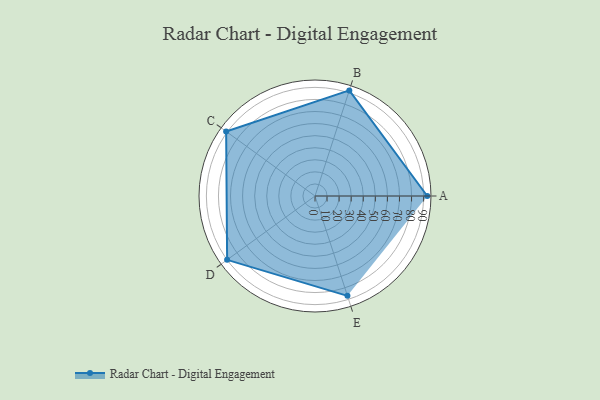
{"axis": {"x": "Skill", "y": "Score"}, "legend": ["Profile"], "data": [{"x": "A", "y": 93.0, "type": "Profile"}, {"x": "B", "y": 92.0, "type": "Profile"}, {"x": "C", "y": 91.0, "type": "Profile"}, {"x": "D", "y": 90.0, "type": "Profile"}, {"x": "E", "y": 87.0, "type": "Profile"}]}